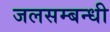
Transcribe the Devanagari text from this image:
जलसम्बन्धी